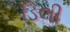
ડિલી